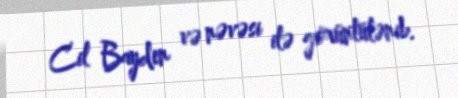
Cil Bayden və nəvəsi ilə görüntülənib.